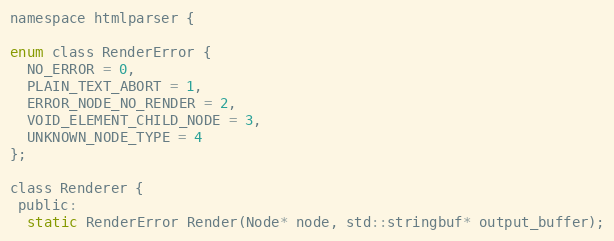
Language: C
namespace htmlparser {

enum class RenderError {
  NO_ERROR = 0,
  PLAIN_TEXT_ABORT = 1,
  ERROR_NODE_NO_RENDER = 2,
  VOID_ELEMENT_CHILD_NODE = 3,
  UNKNOWN_NODE_TYPE = 4
};

class Renderer {
 public:
  static RenderError Render(Node* node, std::stringbuf* output_buffer);